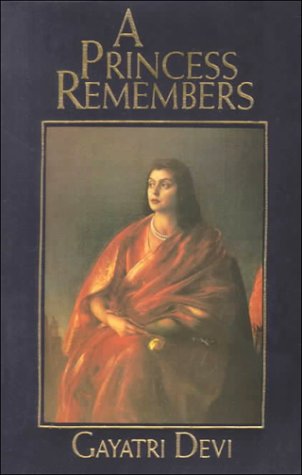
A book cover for A Princess Remembers: The Memoirs of the Maharani of Jaipur; Devi Gayatri; Biographies & Memoirs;